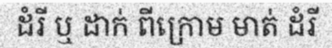
ដំរី ឬ ដាក់ ពីក្រោម មាត់ ដំរី